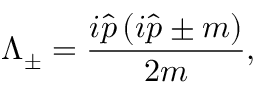
\Lambda _ { \pm } = \frac { i \widehat { p } \left( i \widehat { p } \pm m \right) } { 2 m } ,